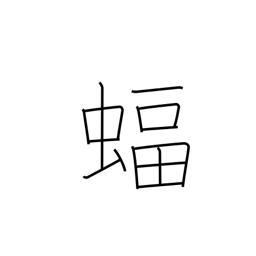
Meaning: bat